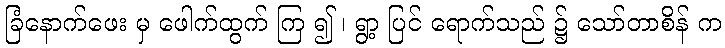
ခြံနောက်ဖေး မှ ဖေါက်ထွက် ကြ ၍ ၊ ရွာ့ ပြင် ရောက်သည် ၌ သော်တာစိန် က